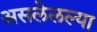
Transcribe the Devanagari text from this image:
असलेलल्या